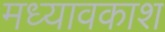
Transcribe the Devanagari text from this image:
मध्यावकाश